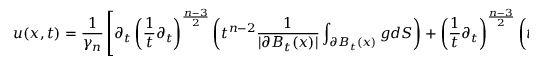
u ( x , t ) = { \frac { 1 } { \gamma _ { n } } } \left[ \partial _ { t } \left( { \frac { 1 } { t } } \partial _ { t } \right) ^ { \frac { n - 3 } { 2 } } \left( t ^ { n - 2 } { \frac { 1 } { | \partial B _ { t } ( x ) | } } \int _ { \partial B _ { t } ( x ) } g d S \right) + \left( { \frac { 1 } { t } } \partial _ { t } \right) ^ { \frac { n - 3 } { 2 } } \left( t ^ { n - 2 } { \frac { 1 } { | \partial B _ { t } ( x ) | } } \int _ { \partial B _ { t } ( x ) } h d S \right) \right]